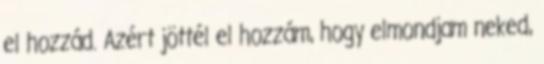
el hozzád. Azért jöttél el hozzám, hogy elmondjam neked,